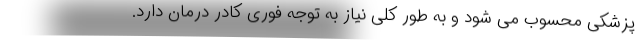
پزشکی محسوب می شود و به طور کلی نیاز به توجه فوری کادر درمان دارد.